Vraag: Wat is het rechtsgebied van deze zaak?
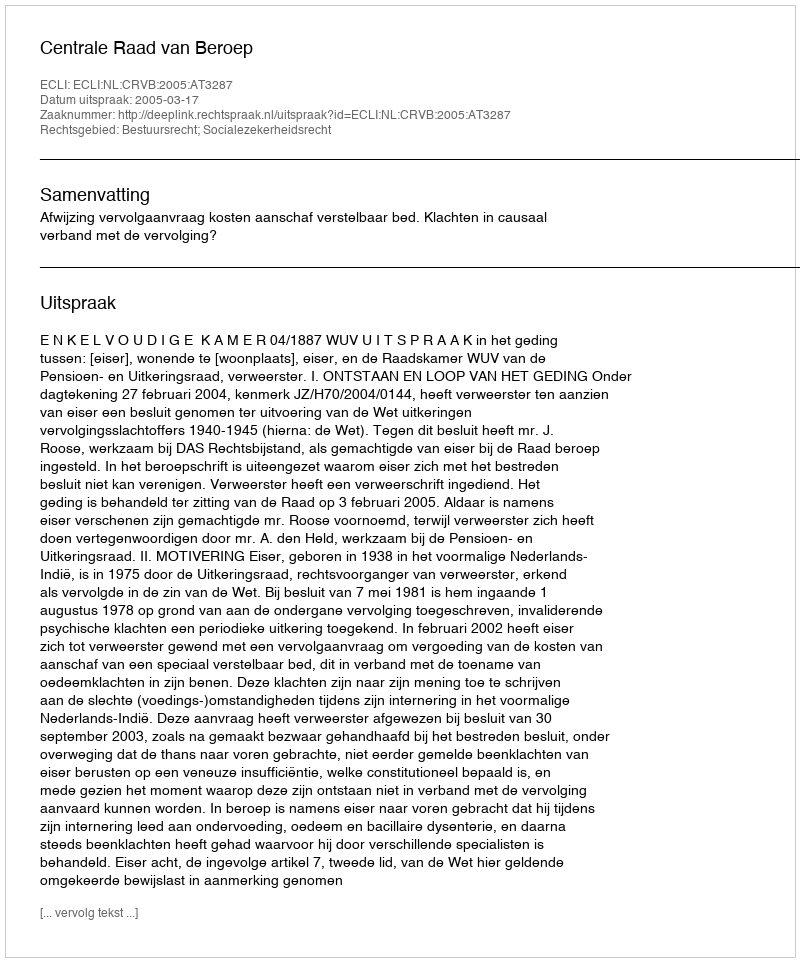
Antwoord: Bestuursrecht; Socialezekerheidsrecht